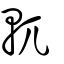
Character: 軏